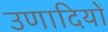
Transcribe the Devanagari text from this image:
उणादियों